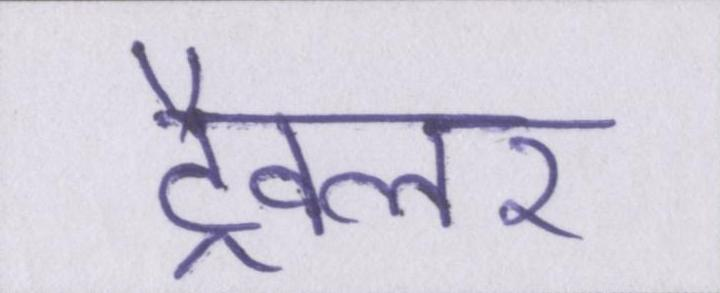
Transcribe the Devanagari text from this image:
ट्रैवलर